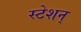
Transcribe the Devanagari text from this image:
स्टेशन्